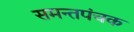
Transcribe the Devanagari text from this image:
समन्तपंचक